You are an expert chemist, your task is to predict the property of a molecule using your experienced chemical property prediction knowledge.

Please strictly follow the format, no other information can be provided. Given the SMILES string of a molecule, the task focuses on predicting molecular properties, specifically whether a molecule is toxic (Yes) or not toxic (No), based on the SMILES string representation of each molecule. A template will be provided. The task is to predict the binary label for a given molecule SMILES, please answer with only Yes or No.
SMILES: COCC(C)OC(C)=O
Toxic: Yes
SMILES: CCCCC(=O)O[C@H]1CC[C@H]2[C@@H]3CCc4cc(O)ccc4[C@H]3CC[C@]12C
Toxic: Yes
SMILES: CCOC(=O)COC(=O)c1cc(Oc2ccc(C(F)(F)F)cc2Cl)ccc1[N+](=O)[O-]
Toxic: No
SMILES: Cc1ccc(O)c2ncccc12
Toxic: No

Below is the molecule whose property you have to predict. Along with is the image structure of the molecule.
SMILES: CCOc1cc(C(C)(C)C)ccc1C1COC(c2c(F)cccc2F)=N1
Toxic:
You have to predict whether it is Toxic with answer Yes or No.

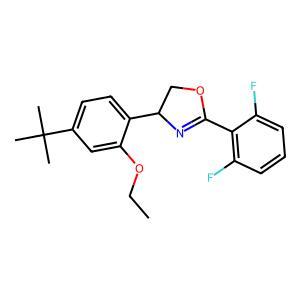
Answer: No